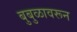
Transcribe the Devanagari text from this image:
बुबुळावरून